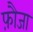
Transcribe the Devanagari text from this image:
फ़ौजा